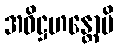
အဓိဋ္ဌဟန္တောပိ